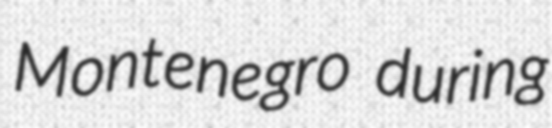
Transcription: Montenegro during